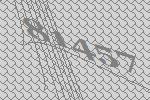
81457